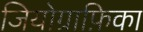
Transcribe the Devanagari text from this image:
जियोग्राफ़िका